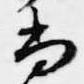
尚